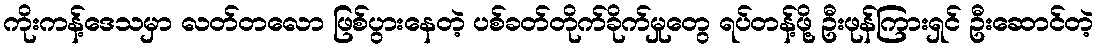
ကိုးကန့်ဒေသမှာ လတ်တလော ဖြစ်ပွားနေတဲ့ ပစ်ခတ်တိုက်ခိုက်မှုတွေ ရပ်တန့်ဖို့ ဦးဖုန်ကြားရှင် ဦးဆောင်တဲ့